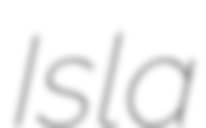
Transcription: Isla